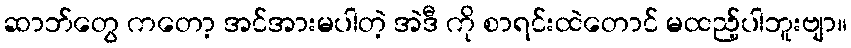
ဆာဘ်တွေ ကတော့ အင်အားမပါတဲ့ အဲဒီ ကို စာရင်းထဲတောင် မထည့်ပါဘူးဗျာ။